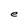
Character: e